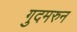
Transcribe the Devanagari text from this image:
गुदमरुन